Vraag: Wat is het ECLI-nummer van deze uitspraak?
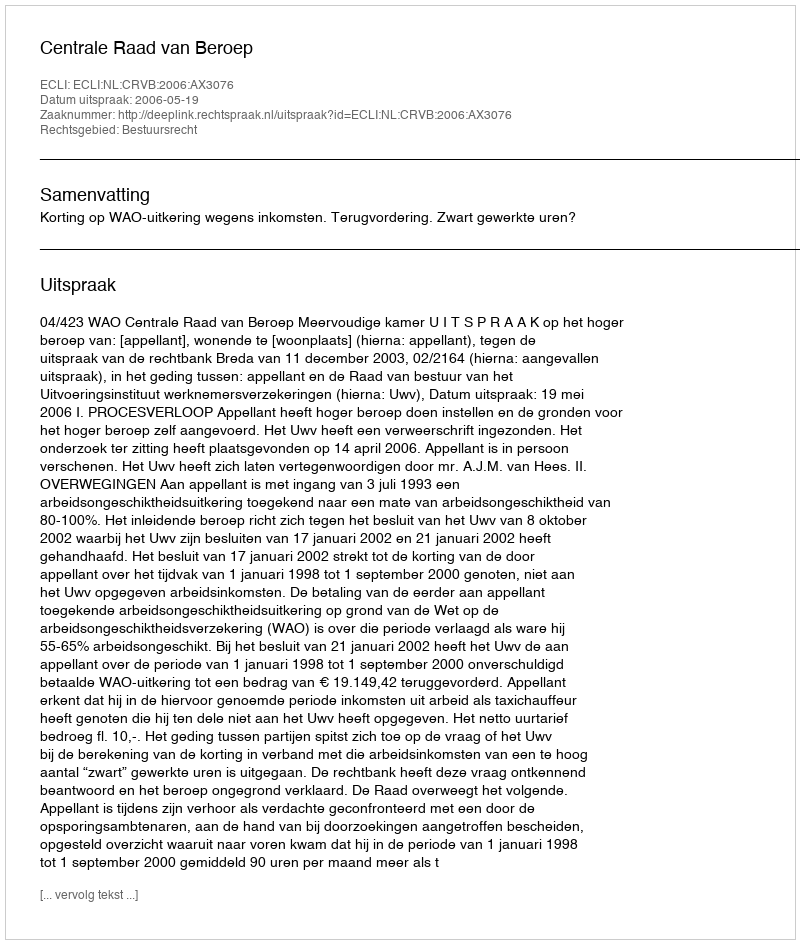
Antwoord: ECLI:NL:CRVB:2006:AX3076